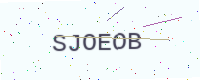
Text: SJOEOB